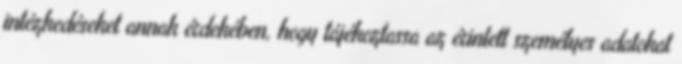
intézkedéseket annak érdekében, hogy tájékoztassa az érintett személyes adatokat